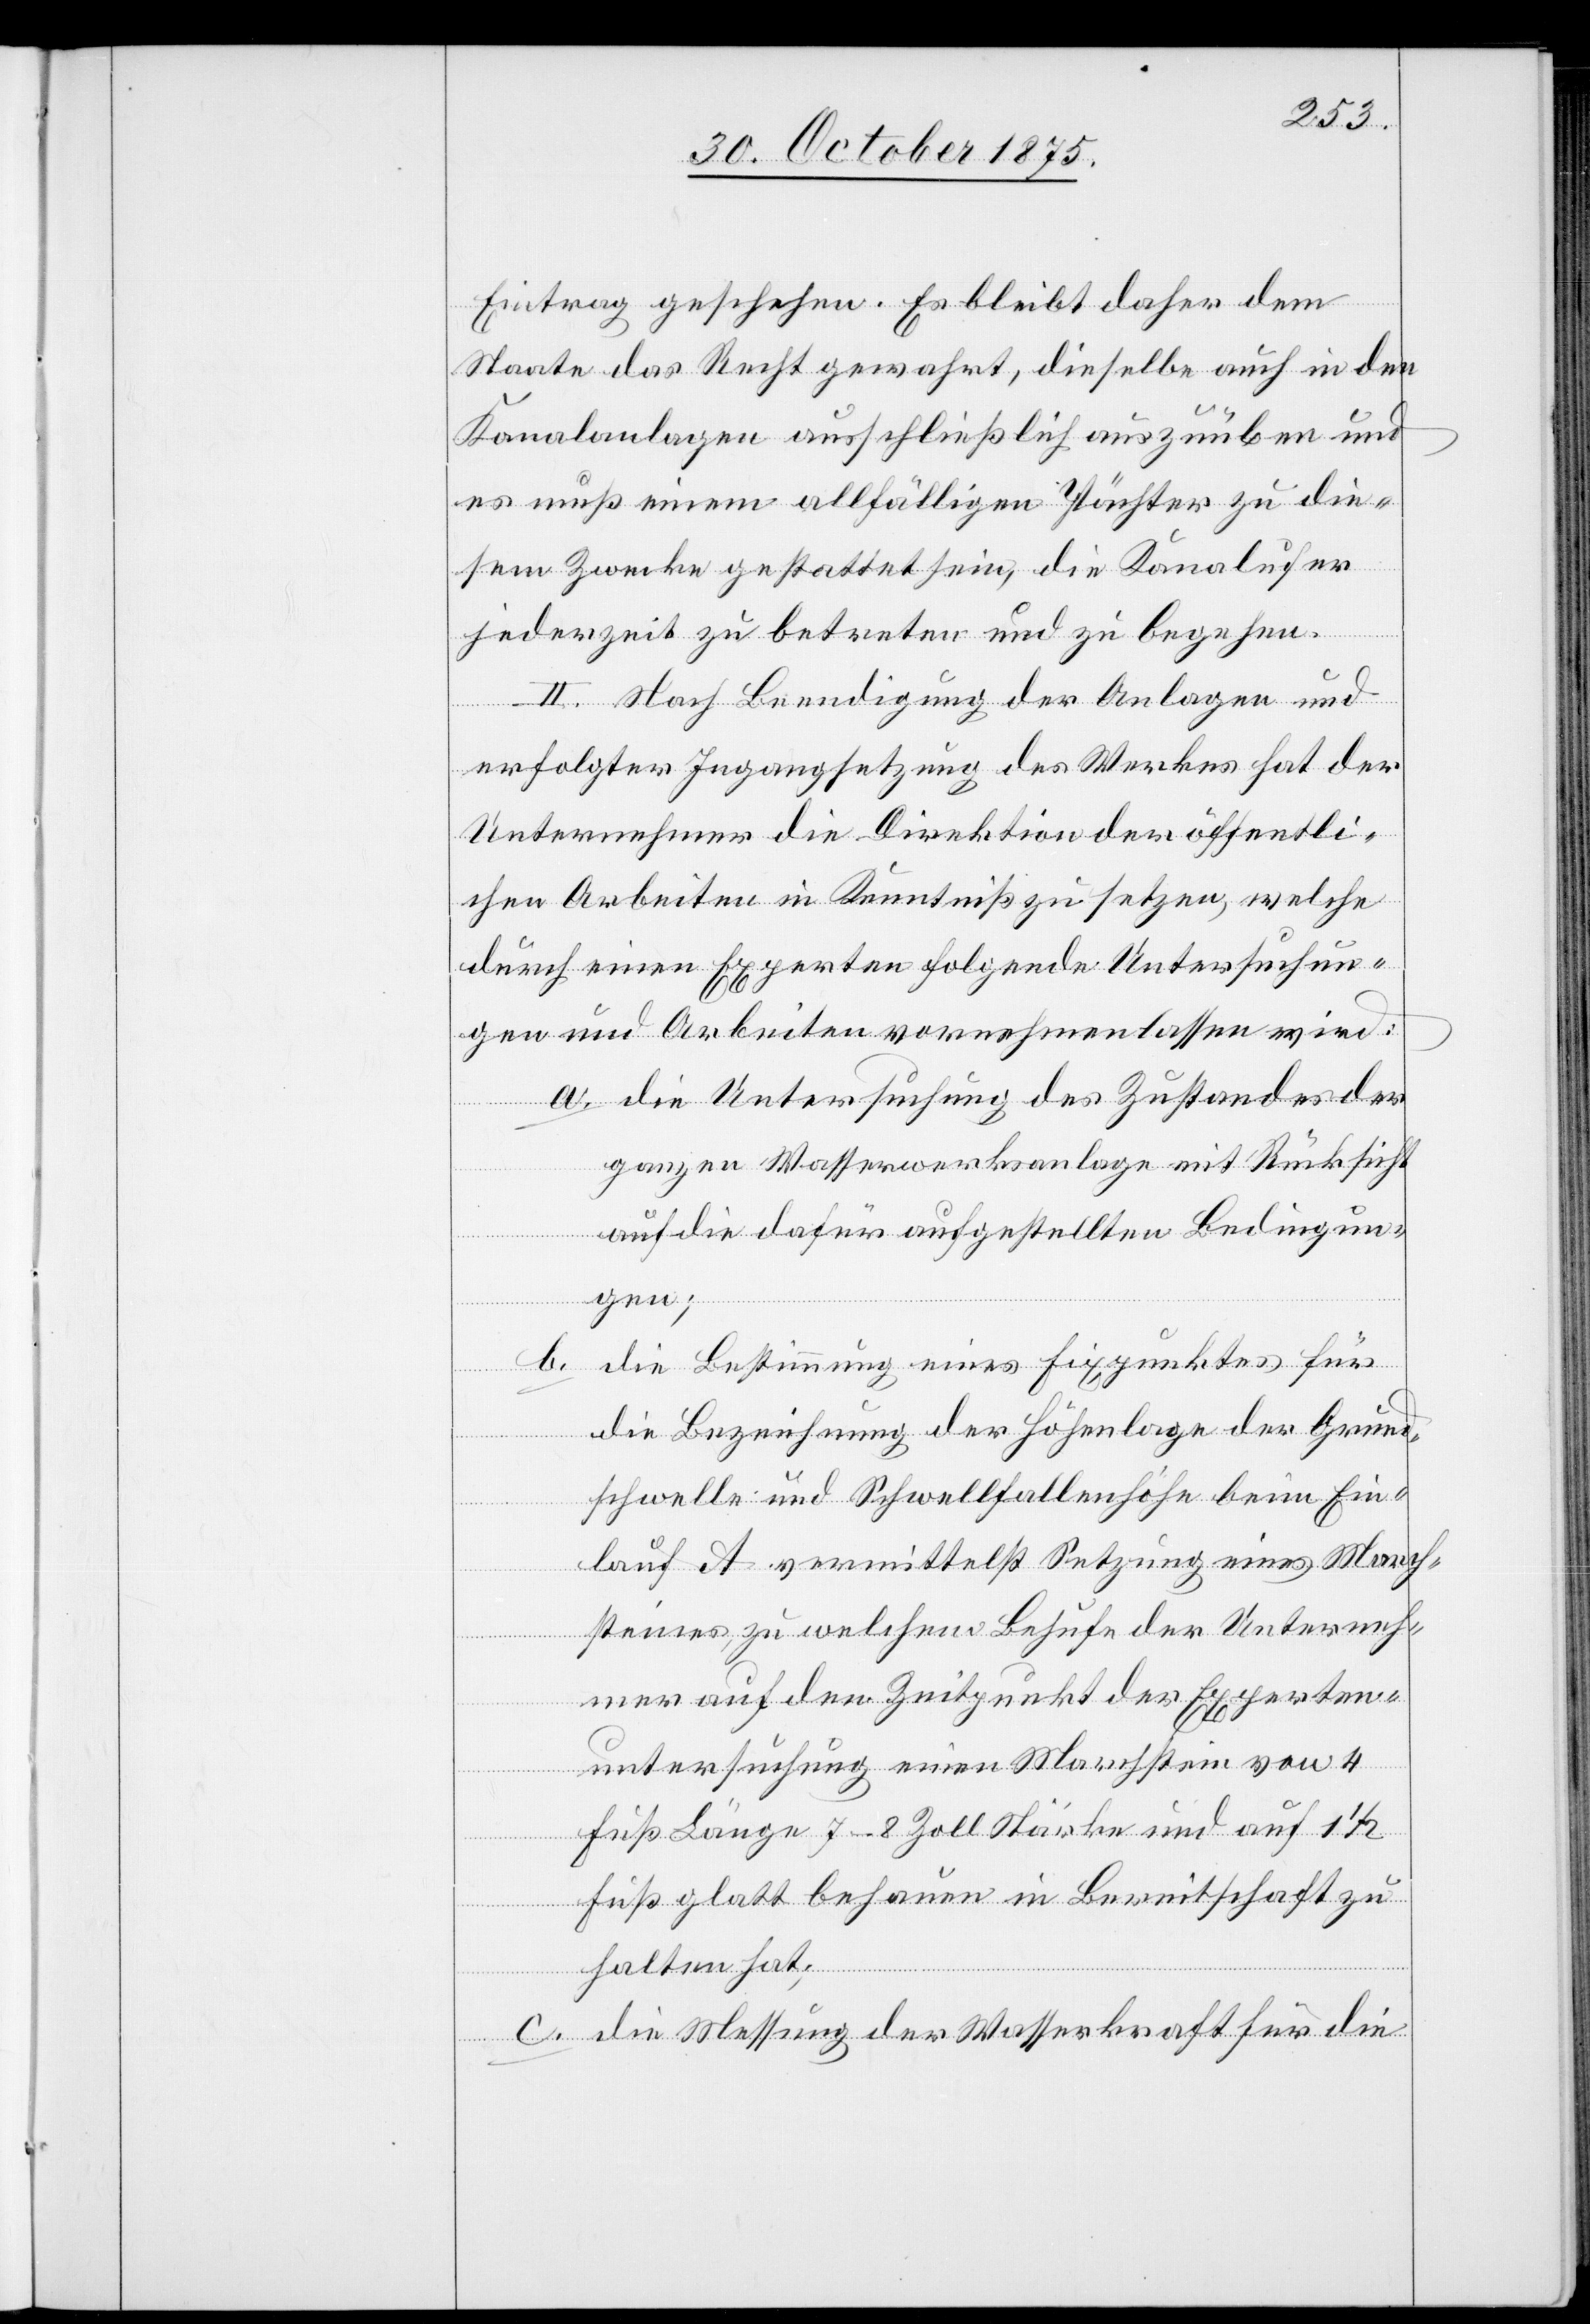
Eintrag geschehen. Es bleibt daher dem
Staate das Recht gewahrt, dieselbe auch in den
Kanalanlagen ausschließlich auszuüben und
es muß einem allfälligen Pächter zu die¬
sem Zwecke gestattet sein, die Kanalufer
jederzeit zu betreten und zu begehen.
II. Nach Beendigung der Anlagen und
erfolgter Ingangsetzung des Werkes hat der
Unternehmer die Direktion der öffentli¬
chen Arbeiten in Kenntniß zu setzen, welche
durch einen Experten folgende Untersuchun¬
gen und Arbeiten vornehmen lassen wird:
a. die Untersuchung des Zustandes der
ganzen Wasserwerksanlage mit Rücksicht
auf die dafür aufgestellten Bedingun¬
gen;
b. die Bestimmung eines Fixpunktes für
die Bezeichnung der Höhenlage der Grund¬
schwelle und Schwellfallenhöhe beim Ein¬
lauf A vermittelst Setzung eines March¬
steines, zu welchem Behufe der Unterneh¬
mer auf den Zeitpunkt der Experten¬
untersuchung einen Marchstein von 4
Fuß Länge 7–8 Zoll Stärke und auf 1
Fuß glatt behauen in Bereitschaft zu
halten hat;
c. die Messung der Wasserkraft für die